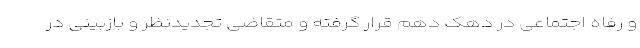
و رفاه اجتماعی در دهک دهم قرار گرفته و متقاضی تجدیدنظر و بازبینی در